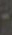
-